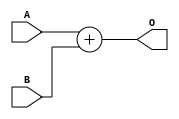
/**
 * Universidade Federal Rural de Pernambuco
 * Departamento de Estatstica e Informtica
 * Disciplina: Arquitetura e Organizao de Computadores
 * 
 * Somador de 32 bits.
 *
 * @author Andr Aziz (andre.caraujo@ufrpe.br)
 */
module ADDER(
 A,
 B,
 O
);

input [31:0] A;
input [31:0] B;
output [31:0] O;

wire [31:0] A;
wire [31:0] B;
wire [31:0] O;

assign O = A + B;

endmodule